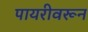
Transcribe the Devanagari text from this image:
पायरीवरून